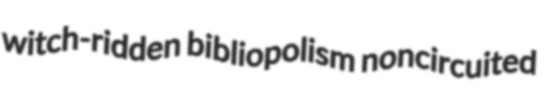
witch-ridden bibliopolism noncircuited